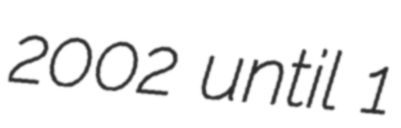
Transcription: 2002 until 1